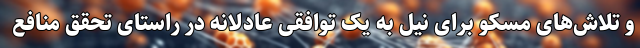
و تلاش‌های مسکو برای نیل به یک توافقی عادلانه در راستای تحقق منافع